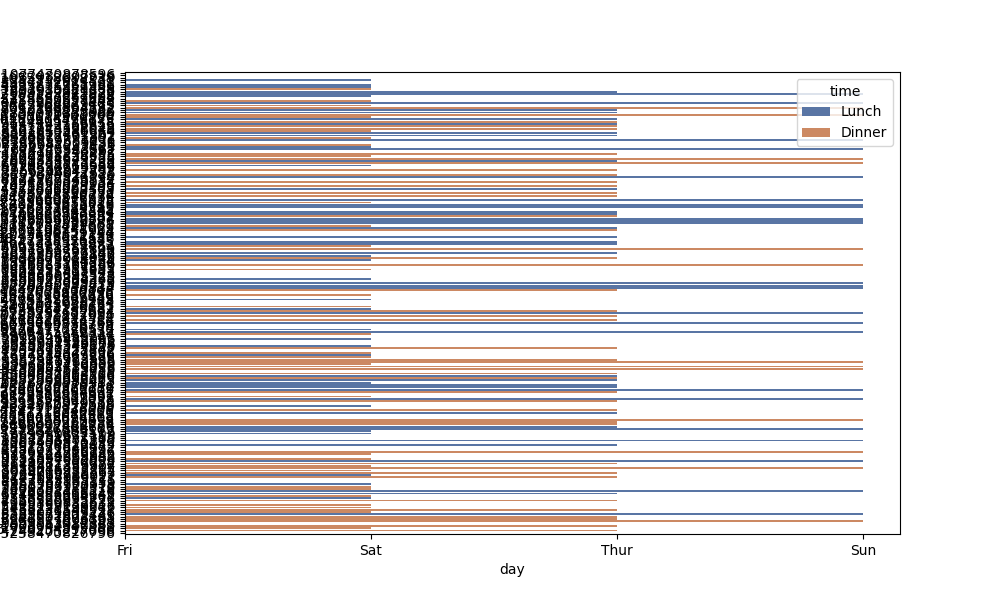
python, seaborn, barplot, hue='time', palette='deep', ci=95, orient='h'